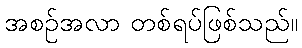
အစဉ်အလာ တစ်ရပ်ဖြစ်သည်။